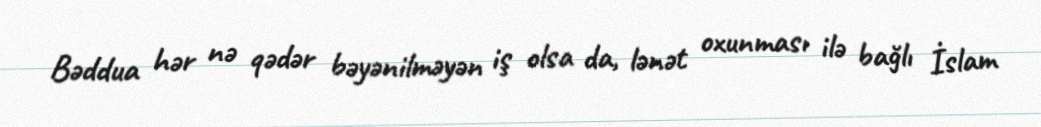
Bəddua hər nə qədər bəyənilməyən iş olsa da, lənət oxunması ilə bağlı İslam